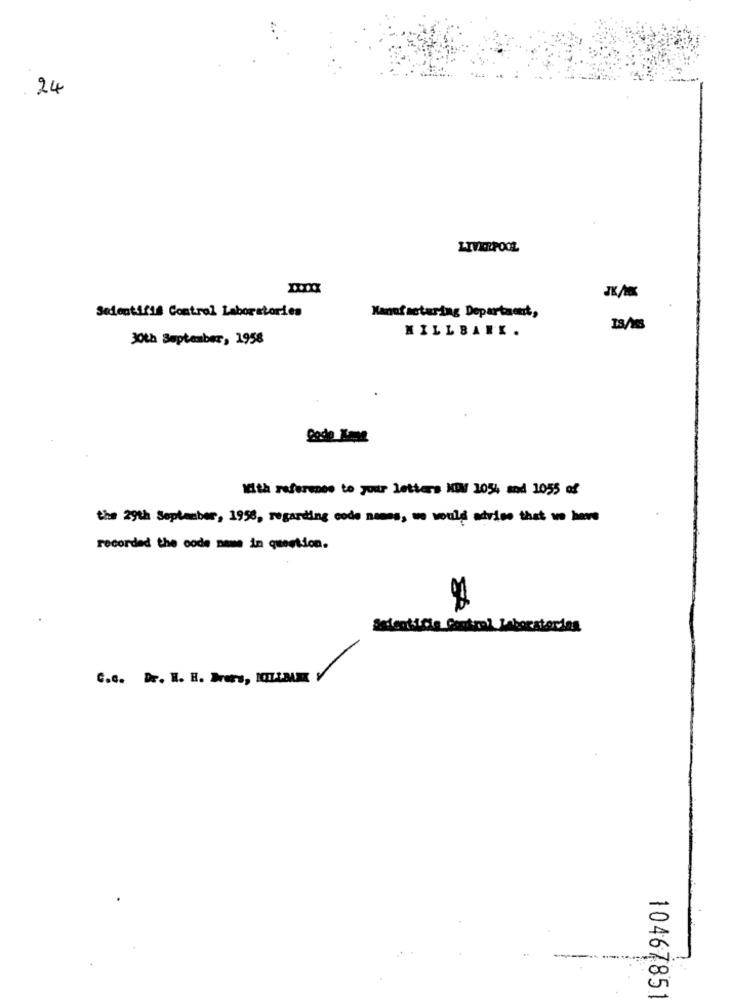
24
LIVERPOOL
JK/
Selontifié Control Laboratories
Manufacturing Department,
MILLBANK .
30th September, 1958
With referees to your letters NDV 1054 and 1055 of
the 29th September, 1998, regarding code nemes, we would advise that we have
recorded the code name in question.
Astentidie Control Laboratorios
C.c. Dr. H. H. Wers, ITLIBAR V
1046785